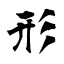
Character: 形